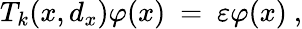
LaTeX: T_{k}(x,d_{x})\varphi(x)\ =\ \varepsilon\varphi(x)\ ,